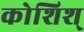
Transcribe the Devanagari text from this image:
कोशिश्